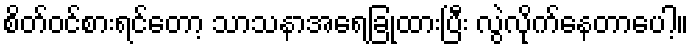
စိတ်ဝင်စားရင်တော့ သာသနာအရေခြုံထားပြီး လွဲလိုက်နေတာပေါ့။